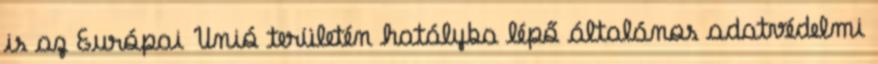
is az Európai Unió területén hatályba lépő általános adatvédelmi